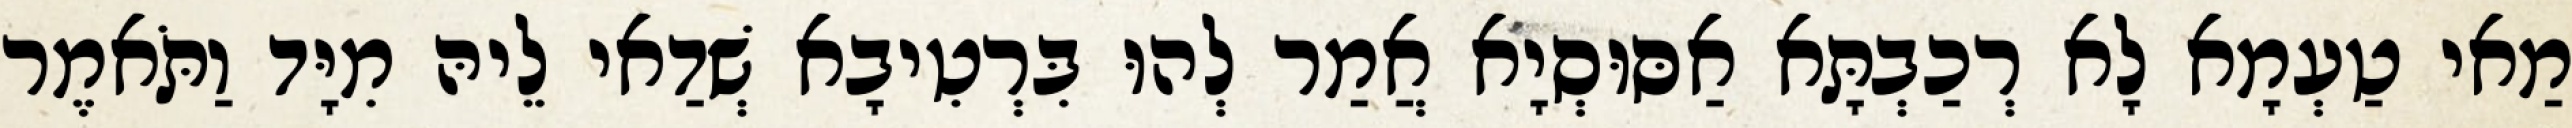
מַאי טַעְמָא לָא רְכַבְתָּא אַסּוּסְיָא אֲמַר לְהוּ בִּרְטִיבָא שְׁדַאי לֵיהּ מִיָּד וַתֹּאמֶר